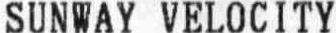
SUNWAY VELOCITY